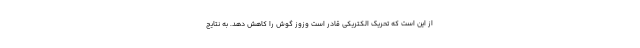
از این است که تحریک الکتریکی قادر است وزوز گوش را کاهش دهد. به نتایج